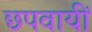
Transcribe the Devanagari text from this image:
छपवायीं